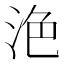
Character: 𣴊